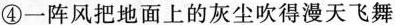
④一阵风把地面上的灰尘吹得漫天飞舞